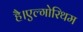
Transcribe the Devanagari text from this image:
है।एल्गोरिथम